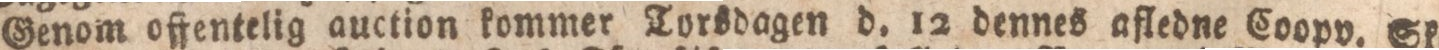
Genom offentelig auction kommer Torsdagen d. 12 dennes afledne Coopv. Skep=